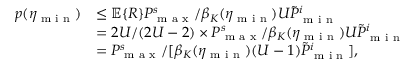
\begin{array} { r l } { p ( \eta _ { \textnormal { m i n } } ) } & { \leq \mathbb { E } \{ R \} P _ { \textnormal { m a x } } ^ { s } / \beta _ { K } ( \eta _ { \textnormal { m i n } } ) U \tilde { P } _ { \textnormal { m i n } } ^ { i } } \\ & { = 2 U / ( 2 U - 2 ) \times P _ { \textnormal { m a x } } ^ { s } / \beta _ { K } ( \eta _ { \textnormal { m i n } } ) U \tilde { P } _ { \textnormal { m i n } } ^ { i } } \\ & { = P _ { \textnormal { m a x } } ^ { s } / [ \beta _ { K } ( \eta _ { \textnormal { m i n } } ) ( U - 1 ) \tilde { P } _ { \textnormal { m i n } } ^ { i } ] , } \end{array}